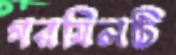
গরমিলটি